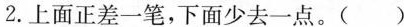
2.上面正差一笔，下面少去一点。( )